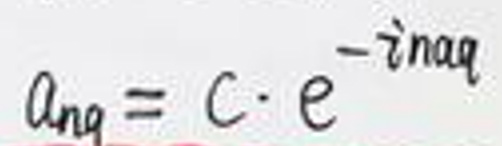
\[
a_{nq}=C\cdot e^{-in\alpha q}
\]